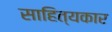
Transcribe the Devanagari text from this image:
साहित्‍यकार